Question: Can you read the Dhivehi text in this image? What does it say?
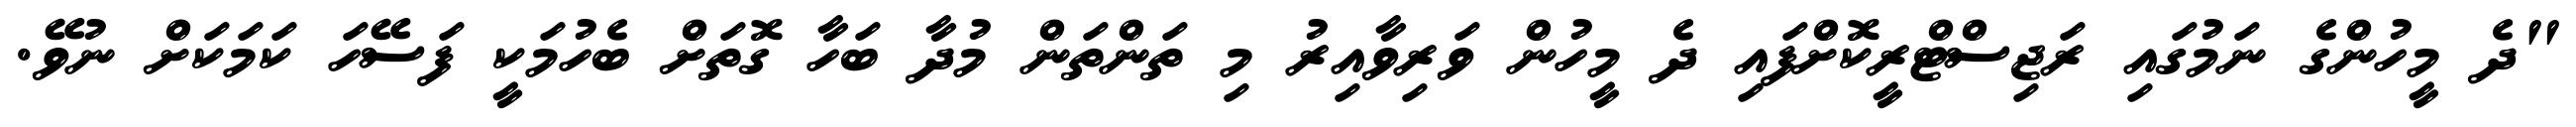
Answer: "ދެ މީހުންގެ ނަމުގައި ރަޖިސްޓްރީކޮށްފައި ދެ މީހުން ވަރިވާއިރު މި ތަންތަން މުދާ ބަހާ ގޮތަށް ބެހުމަކީ ފަސޭހަ ކަމަކަށް ނުވޭ.